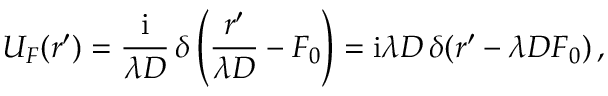
U _ { F } ( \boldsymbol r ^ { \prime } ) = { \frac { \mathrm { i } } { \lambda D } } \, \delta \left( { \frac { \boldsymbol r ^ { \prime } } { \lambda D } } - F _ { 0 } \right) = \mathrm { i } \lambda D \, \delta ( \boldsymbol r ^ { \prime } - \lambda D \boldsymbol F _ { 0 } ) \, ,